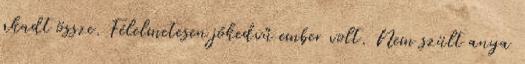
akadt össze. Félelmetesen jókedvű ember volt. Nem szült anya